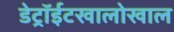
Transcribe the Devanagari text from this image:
डेट्रॉईटखालोखाल